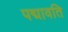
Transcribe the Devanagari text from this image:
पद्मावति